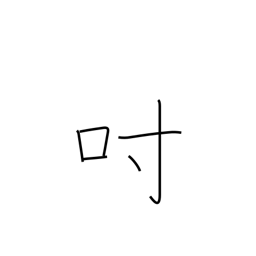
Meaning: inch